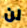
لن